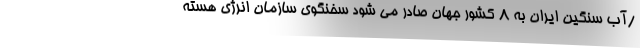
/آب سنگین ایران به ۸ کشور جهان صادر می شود سخنگوی سازمان انرژی هسته